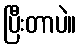
ပြီးတာပဲ။